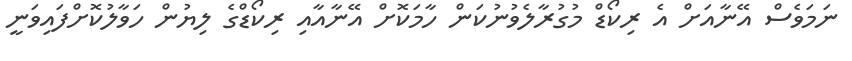
ނަމަވެސް އޭނާއަށް އެ ރިކޯޑް މުގުރާލެވުނުކަން ހާމަކޮށް އޭނާއާއި ރިކޯޑްގެ ލިޔުން ހަވާލުކޮށްފައިވަނީ